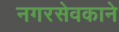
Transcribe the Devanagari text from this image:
नगरसेवकाने